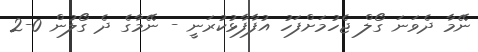
ނޭމާ ދެވަނަ ގޯލް ޖެހުމަށްފަހު އުފާފާޅުކުރަނީ - ނޭމާގެ ދެ ގޯލުން 0-2